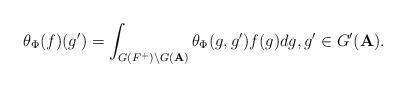
LaTeX: \begin{align*}\theta_\Phi(f)(g')=\int_{G(F^+)\backslash G({\bf A})}\theta_\Phi(g,g')f(g)dg,g'\in G'({\bf A}).\end{align*}